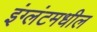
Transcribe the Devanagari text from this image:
इंग्लंटमधील